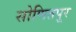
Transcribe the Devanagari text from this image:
सोणितपूर